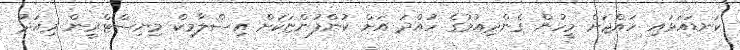
ކަނޑައަޅައި ހައްޖަށް މީހުން ގެންދިއުމުގެ ހުއްދަ އަށް ކުންފުންޏަކަށް އިސްލާމިކް މިނިސްޓްރީން މިއަދު